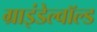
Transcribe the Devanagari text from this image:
ग्राइंडेल्वॉल्ड